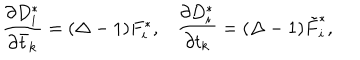
\frac { \partial D _ { i } ^ { * } } { \partial \bar { t } _ { k } } = ( \Delta - 1 ) F _ { i } ^ { * } , \frac { \partial D _ { i } ^ { * } } { \partial t _ { k } } = ( \Delta - 1 ) \tilde { F } _ { i } ^ { * } ,